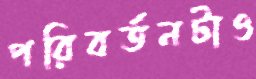
পরিবর্তনটাও